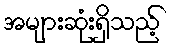
အများဆုံးရှိသည့်